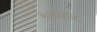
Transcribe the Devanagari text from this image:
मेनोपॉज